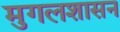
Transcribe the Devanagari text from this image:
मुगलशासन